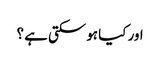
اور کیا ہو سکتی ہے ؟